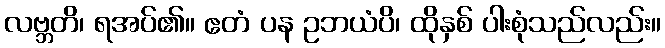
လဗ္ဘတိ၊ ရအပ်၏။ ဧတံ ပန ဥဘယံပိ၊ ထိုနှစ် ပါးစုံသည်လည်း။